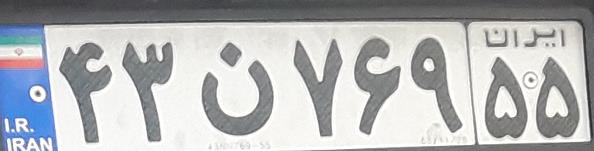
۴۳ن۷۶۹۵۵